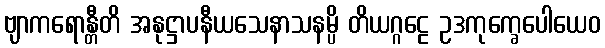
ဗျာကရောန္တီတိ အနုဋ္ဌာပနီယသေနာသနမ္ပိ တိယဂ္ဂဠေ ဥဒကုက္ခေပေါယေဝ